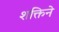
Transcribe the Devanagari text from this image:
शक्तिने